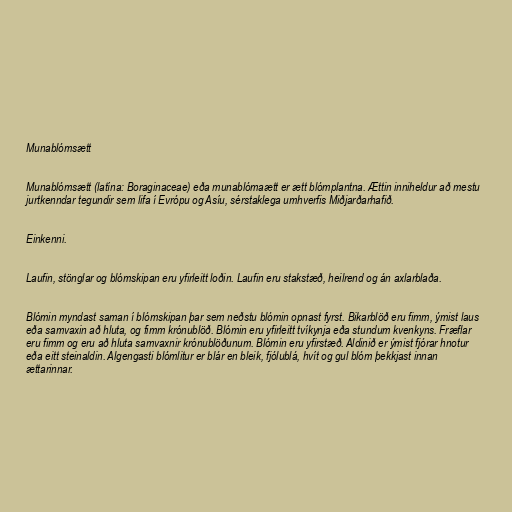
Munablómsætt

Munablómsætt (latína: Boraginaceae) eða munablómaætt er ætt blómplantna. Ættin inniheldur að mestu
jurtkenndar tegundir sem lifa í Evrópu og Asíu, sérstaklega umhverfis Miðjarðarhafið.

Einkenni.

Laufin, stönglar og blómskipan eru yfirleitt loðin. Laufin eru stakstæð, heilrend og án axlarblaða.

Blómin myndast saman í blómskipan þar sem neðstu blómin opnast fyrst. Bikarblöð eru fimm, ýmist laus
eða samvaxin að hluta, og fimm krónublöð. Blómin eru yfirleitt tvíkynja eða stundum kvenkyns. Fræflar
eru fimm og eru að hluta samvaxnir krónublöðunum. Blómin eru yfirstæð. Aldinið er ýmist fjórar hnotur
eða eitt steinaldin. Algengasti blómlitur er blár en bleik, fjólublá, hvít og gul blóm þekkjast innan
ættarinnar.